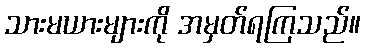
သားမယားများကို အမှတ်ရကြသည်။